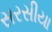
સરસીયા